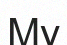
Му